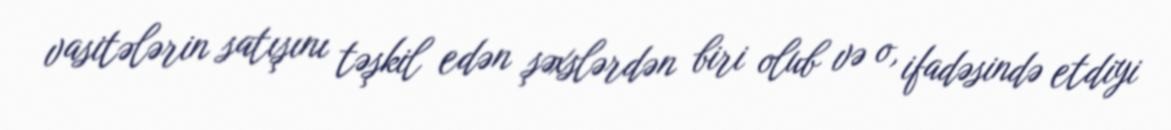
vasitələrin satışını təşkil edən şəxslərdən biri olub və o, ifadəsində etdiyi